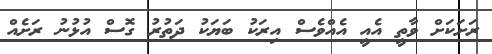
ރަށަކަށް ވާތީ އެއީ އެއްވެސް އިރަކު ބަޔަކު ދަތުރު ގޮސް އުޅުނު ރަށެއް